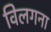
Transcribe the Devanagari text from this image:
विलगना